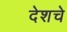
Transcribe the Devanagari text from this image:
देशचे